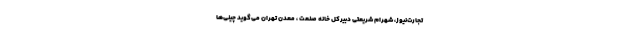
تجارت‌نیوز، شهرام شریعتی دبیرکل خانه صنعت ، معدن تهران می‌گوید چینی‌ها